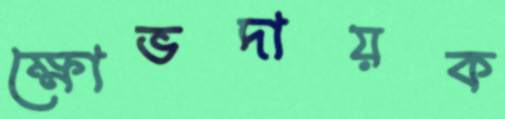
ক্ষোভদায়ক